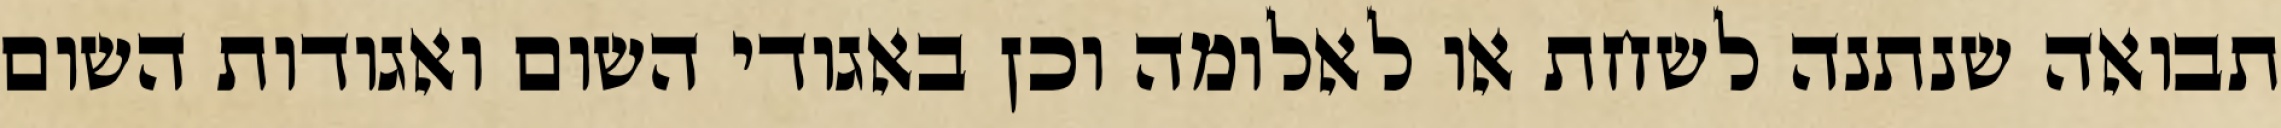
תבואה שנתנה לשחת או לאלומה וכן באגודי השום ואגודות השום